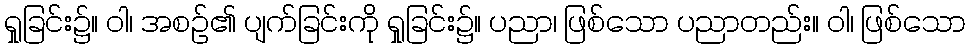
ရှုခြင်း၌။ ဝါ၊ အစဉ်၏ ပျက်ခြင်းကို ရှုခြင်း၌။ ပညာ၊ ဖြစ်သော ပညာတည်း။ ဝါ၊ ဖြစ်သော